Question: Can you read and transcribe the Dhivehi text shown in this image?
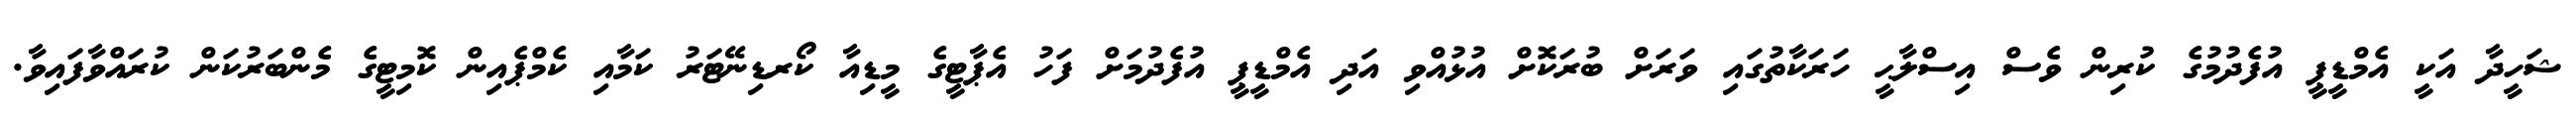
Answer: ޝަހީދާ އަކީ އެމްޑީޕީ އުފެދުމުގެ ކުރިން ވެސް އިސްލާޙީ ހަރަކާތުގައި ވަރަށް ބުރަކޮށް އުޅުއްވި އަދި އެމްޑީޕީ އުފެދުމަށް ފަހު އެޕާޓީގެ މީޑިއާ ކޯރޑިނޭޓަރު ކަމާއި ކެމްޕެއިން ކޮމިޓީގެ މެންބަރުކަން ކުރައްވާފައިވާ.